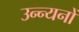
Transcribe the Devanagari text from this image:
उन्न्यनों